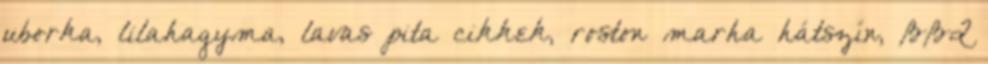
uborka, lilahagyma, lavas pita cikkek, roston marha hátszín, BBQ